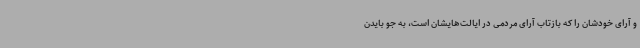
و آرای خودشان را که بازتاب آرای مردمی در ایالت‌هایشان است، به جو بایدن